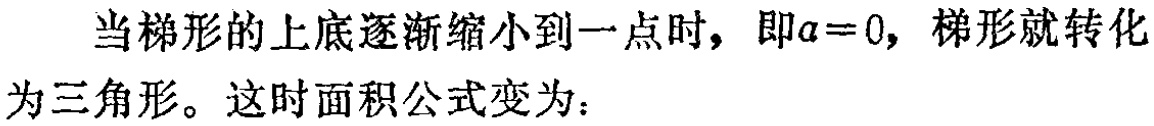
当梯形的上底逐渐缩小到一点时，即\(a = 0\)，梯形就转化为三角形。这时面积公式变为：